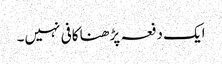
ایک دفعہ پڑھنا کافی نہیں۔